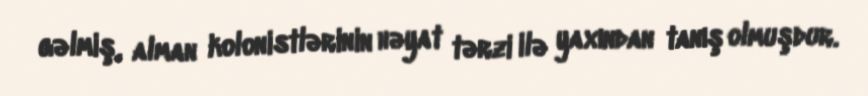
gəlmiş, alman kolonistlərinin həyat tərzi ilə yaxından tanış olmuşdur.